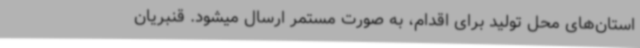
استان‌های محل تولید برای اقدام، به صورت مستمر ارسال میشود. قنبریان